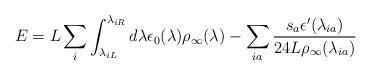
LaTeX: \begin{align*} E = L \sum_i \int_{\lambda_{iL}}^{\lambda_{iR}}d\lambda \epsilon_0(\lambda)\rho_{\infty}(\lambda) - \sum_{ia}\frac{s_a \epsilon'(\lambda_{ia})}{24 L\rho_{\infty}(\lambda_{ia})}\end{align*}